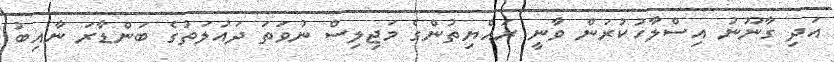
އަދި ގާނޫނު އިސްލާހުކުރަން ވާނީ ރައްޔިތުންގެ މަޖިލިސް ނުވަތަ ދައުލަތުގެ ބަންޑާރަ ނާއިބު